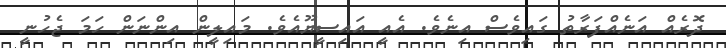
ދޮރެއް އަނެއްފަރާތު ގައިވެސް އިނެވެ. އެއީ އައިސީޔޫއެވެ. މައިލީން އިންނަން ހަމަ ޖެހުނީ